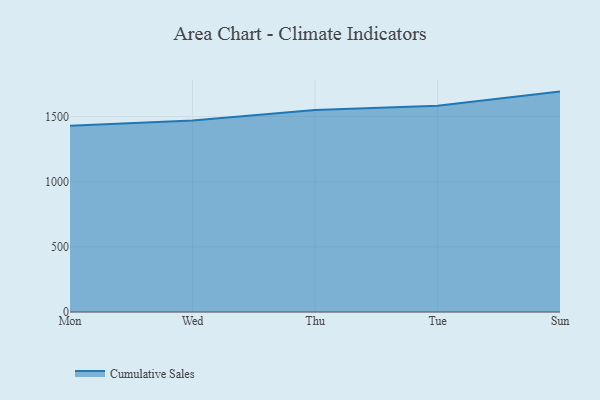
{"axis": {"x": "Day", "y": "Tickets Resolved"}, "legend": ["Cumulative Sales"], "data": [{"x": "Mon", "y": 1430.1, "type": "Cumulative Sales"}, {"x": "Wed", "y": 1470.2, "type": "Cumulative Sales"}, {"x": "Thu", "y": 1550.0, "type": "Cumulative Sales"}, {"x": "Tue", "y": 1582.3, "type": "Cumulative Sales"}, {"x": "Sun", "y": 1691.5, "type": "Cumulative Sales"}]}